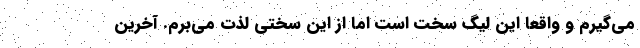
می‌گیرم و واقعا این لیگ سخت است اما از این سختی لذت می‌برم. آخرین